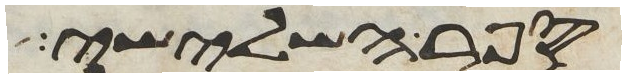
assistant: הנהר השלישי